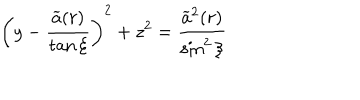
\left( y - \frac { \widetilde { a } ( r ) } { \tan \xi } \right) ^ { 2 } + z ^ { 2 } = \frac { \widetilde { a } ^ { 2 } ( r ) } { \sin ^ { 2 } \xi }